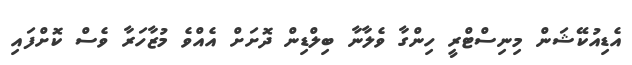
އެޑިއުކޭޝަން މިނިސްޓްރީ ހިންގާ ވެލާނާ ބިލްޑިން ދޮށަށް އެއްވެ މުޒާހަރާ ވެސް ކޮށްފައި